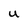
Character: U